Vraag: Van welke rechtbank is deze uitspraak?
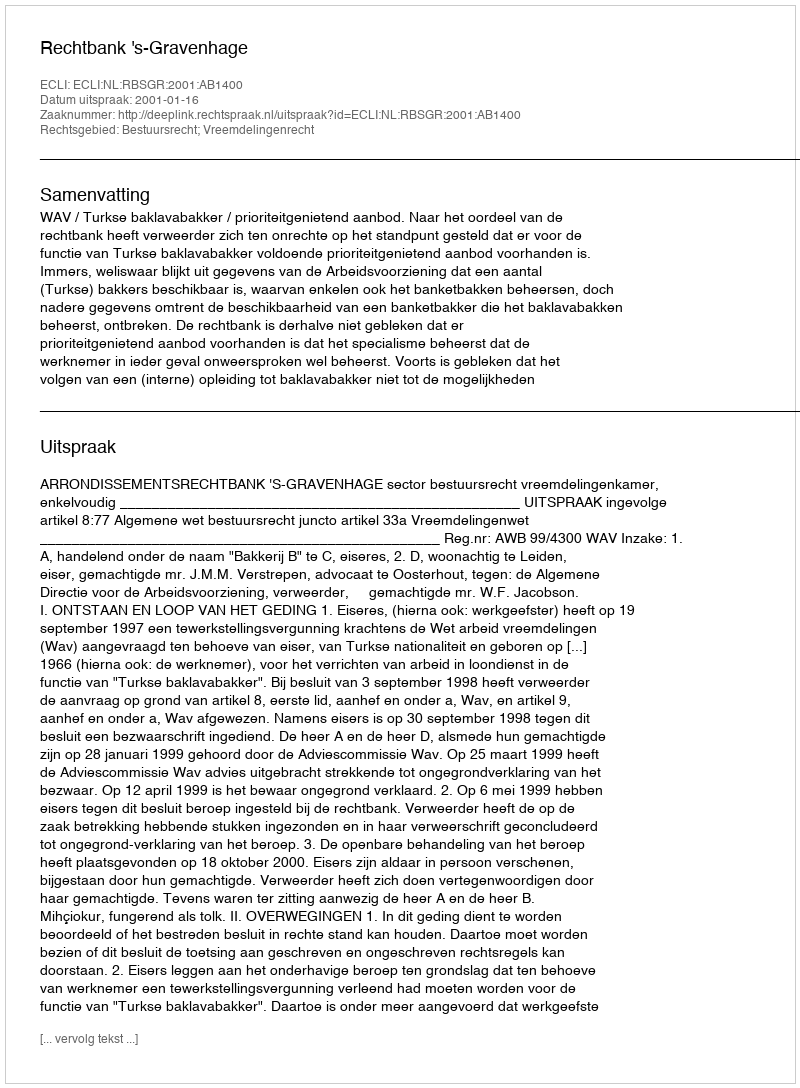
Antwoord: Rechtbank 's-Gravenhage